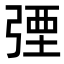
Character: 㢾